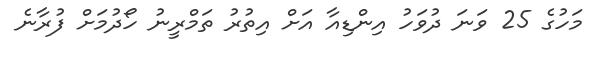
މަހުގެ 25 ވަނަ ދުވަހު އިންޑިއާ އަށް އިތުރު ތަމްރީނު ހޯދުމަށް ފުރާނެ